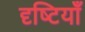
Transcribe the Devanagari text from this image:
दृष्‍टियाँ